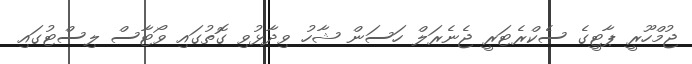
ޖުމްހޫރީ ޕާޓީގެ ސެކްރެޓަރީ ޖެނެރަލް ހަސަން ޝާހު ވިދާޅުވި ގޮތުގައި ވޯޓާސް ލިސްޓުގައި